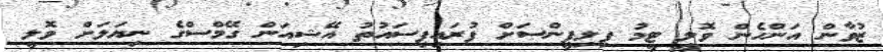
ޒުވާން އަންހެން ވޮލީ ޓީމު ފިލިޕީންސަށް ފުރައިފިސައުތު އޭޝިއަން ގޭމްސްގެ ނިޔަލަށް ވޮލީ